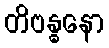
တိဗန္ဓနော